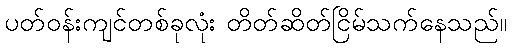
ပတ်ဝန်းကျင်တစ်ခုလုံး တိတ်ဆိတ်ငြိမ်သက်နေသည်။